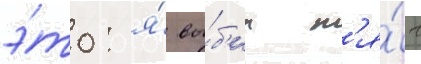
э́то: я́ вы́б'ил м'я́ч